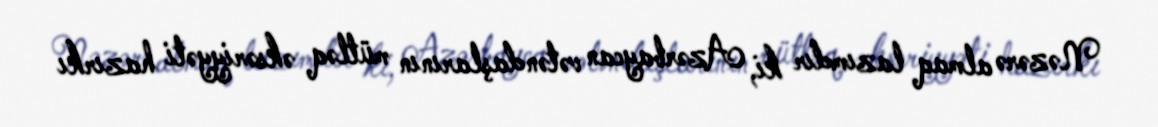
Nəzərə almaq lazımdır ki, Azərbaycan vətəndaşlarının mütləq əksəriyyəti hazırkı